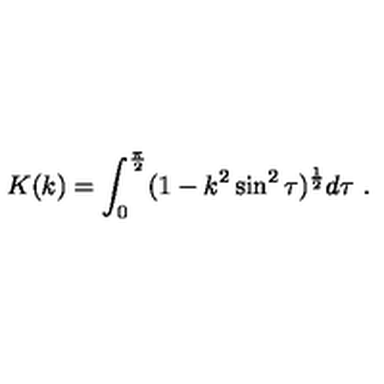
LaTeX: K ( k ) = \int _ { 0 } ^ { \frac { \pi } { 2 } } ( 1 - k ^ { 2 } \sin ^ { 2 } \tau ) ^ { \frac { 1 } { 2 } } d \tau \ .